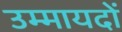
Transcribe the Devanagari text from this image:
उम्मायदों